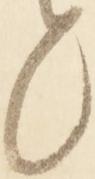
々